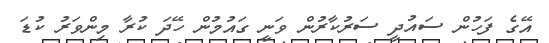
އޭގެ ފަހުން ސައުދީ ސަރުކާރުން ވަނީ ގައުމުން ހޭދަ ކުރާ މިންވަރު ކުޑަ